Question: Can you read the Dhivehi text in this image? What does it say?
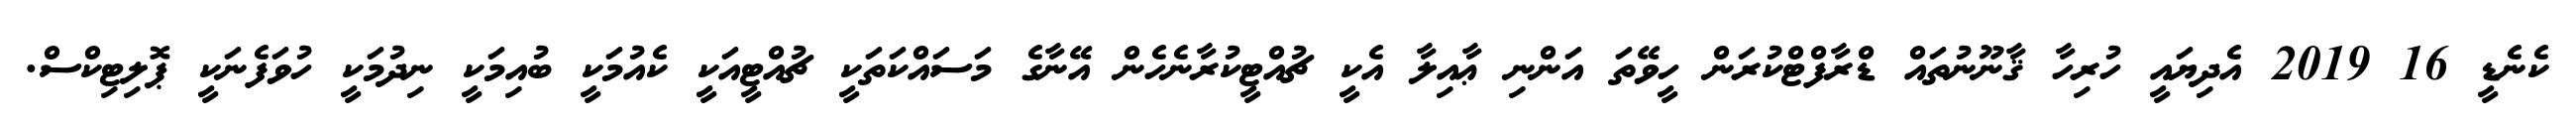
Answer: ކެނެޑީ 16 2019 އެދިޔައީ ހުރިހާ ޤާނޫނުތައް ޑްރާފްޓްކުރަން ހީވޭތަ އަންނި ޢާއިލާ އެކީ ޗުއްޓީކުރާނެހެން އޭނާގެ މަސައްކަތަކީ ޗުއްޓީއަކީ ކެއުމަކީ ބުއިމަކީ ނިދުމަކީ ހުވަފެނަކީ ޕޮލިޓިކްސް.